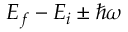
E _ { f } - E _ { i } \pm \hbar \omega